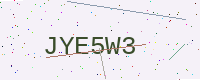
Text: JYE5W3